Civil Veterinary Department. Madras. Admin. report 1926-33 - 1926-1933
Year: 1926
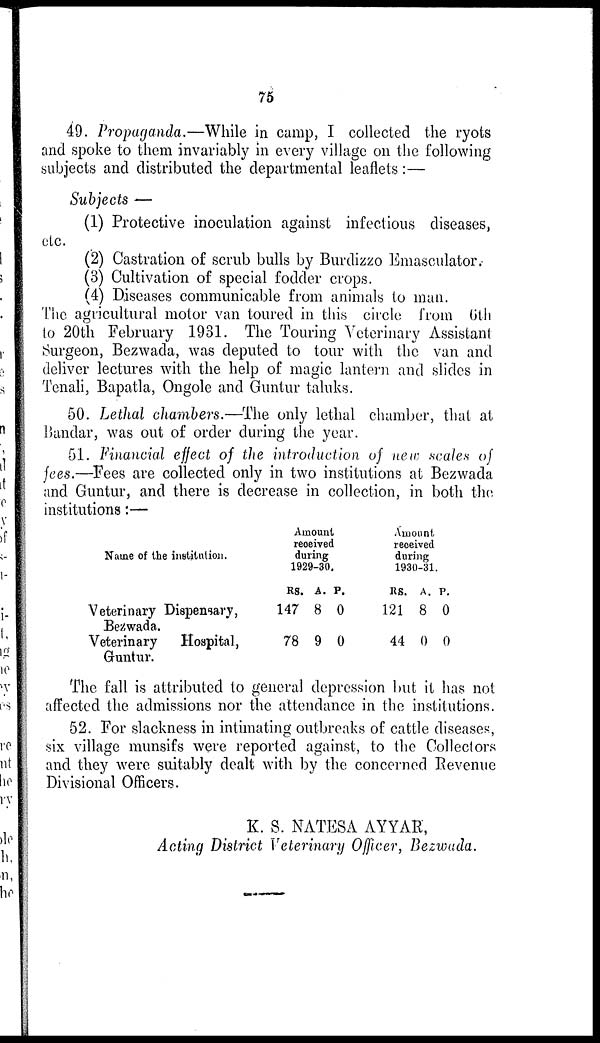
75
49. Propaganda.—While in camp, I collected the ryots
and spoke to them invariably in every village on the following
subjects and distributed the departmental leaflets:—
Subjects —
(1) Protective inoculation against infectious diseases,
etc.
(2) Castration of scrub bulls by Burdizzo Emasculator.-
(3) Cultivation of special fodder crops.
(4) Diseases communicable from animals to man.
The agricultural motor van toured in this circle from 6th
to 20th February 1931. The Touring Veterinary Assistant
Surgeon, Bezwada, was deputed to tour with the van and
deliver lectures with the help of magic lantern and slides in
Tenali, Bapatla, Ongole and Guntur taluks.
50. Lethal chambers.—The only lethal chamber, that at
Bandar, was out of order during the year.
51. Financial effect of the introduction of new scales of
fees.—Fees are collected only in two institutions at Bezwada
and Guntur, and there is decrease in collection, in both the.
institutions:—
Name of the institution.
Veterinary Dispensary,
Bezwada.
Veterinary
Hospital,
Guntur.
Amount
received
during
1929-30.
RS.
147
78
A.
8
9
P.
0
0
Amount
received
during
1930-31.
RS.
121
44
A.
8
0
P.
0
0
The fall is attributed to general depression but it has not
affected the admissions nor the attendance in the institutions.
52. For slackness in intimating outbreaks of cattle diseases,
six village munsifs were reported against, to the Collectors
and they were suitably dealt with by the concerned Revenue
Divisional Officers.
K. S. NATESA AYYAR,
Acting District Veterinary Officer, Bezwada.